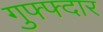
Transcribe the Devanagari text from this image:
गुफ्फ्दार